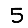
Digit: 5